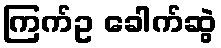
ကြက်ဥ ခေါက်ဆွဲ